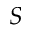
\boldsymbol { S }